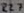
Text: R27